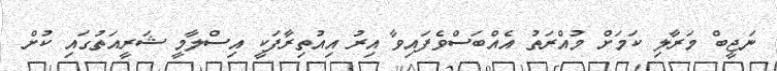
ނަޖީބް މަރާލި ކަމަށް މުއްރަތު އެއްބަސްވެފައިވާ އިރު އިއުތިރާފަކީ އިސްލާމީ ޝަރީއަތުގައި ކުށް